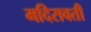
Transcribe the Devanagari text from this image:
मदिरावती